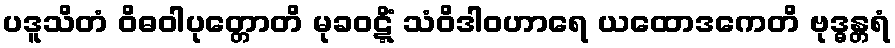
ပဒူသိတံ ဝိဓဝါပုတ္တောတိ မုခဝဋ္ဋိံ သံဝိဒါဝဟာရေ ယထောဒကေတိ ဗုဒ္ဓန္တရံ